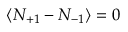
\langle N _ { + 1 } - N _ { - 1 } \rangle = 0